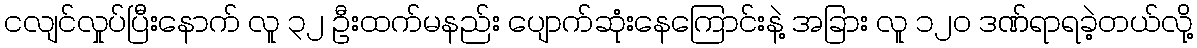
ငလျင်လှုပ်ပြီးနောက် လူ ၃၂ ဦးထက်မနည်း ပျောက်ဆုံးနေကြောင်းနဲ့ အခြား လူ ၁၂၀ ဒဏ်ရာရခဲ့တယ်လို့